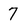
Character: 7